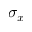
\sigma _ { x }